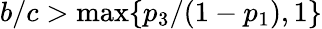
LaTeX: b/c>\operatorname*{max}\{ p_{3}/(1-p_{1}),1\}